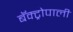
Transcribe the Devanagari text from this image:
बॅक्ट्रोपाली